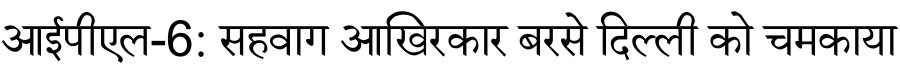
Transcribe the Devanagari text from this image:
आईपीएल-6: सहवाग आखिरकार बरसे दिल्ली को चमकाया